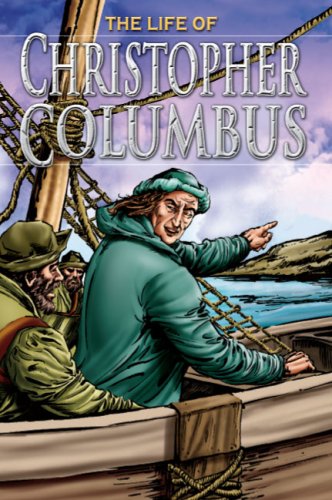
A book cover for The Life of Christopher Columbus (Stories from History); Dr. Nicholas Saunders; Children's Books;